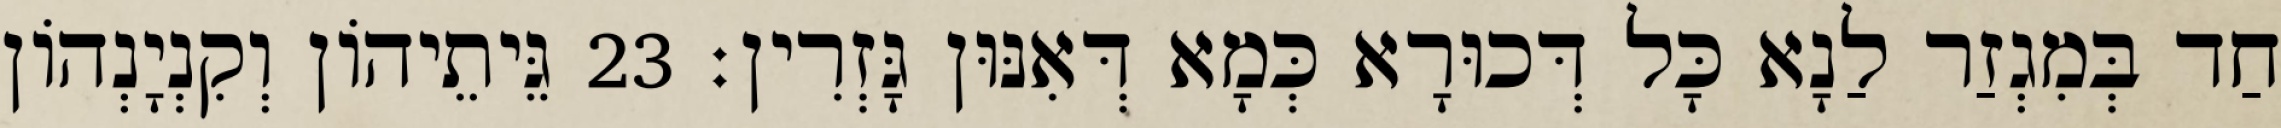
חַד בְּמִגְזַר לַנָא כָּל דְּכוּרָא כְּמָא דְּאִנּוּן גָּזְרִין׃ 23 גֵּיתֵיהוֹן וְקִנְיָנְהוֹן